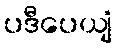
ပဒီပေယျံ